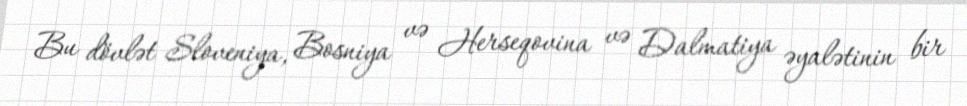
Bu dövlət Sloveniya, Bosniya və Herseqovina və Dalmatiya əyalətinin bir